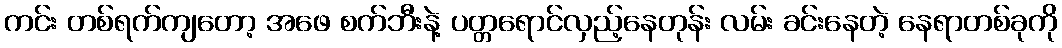
ကင်း တစ်ရက်ကျတော့ အဖေ စက်ဘီးနဲ့ ပတ္တရောင်လှည့်နေတုန်း လမ်း ခင်းနေတဲ့ နေရာတစ်ခုကို